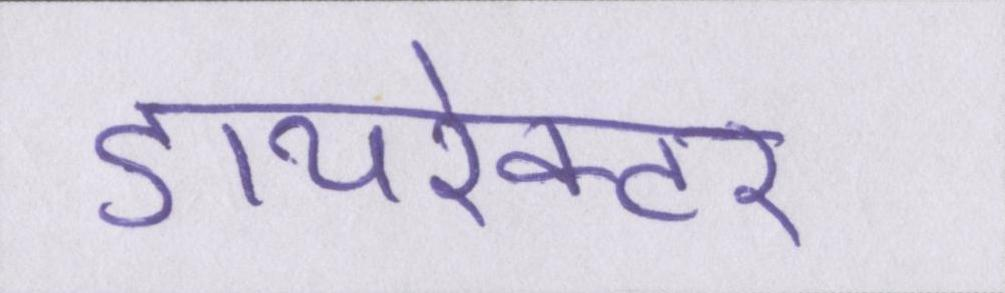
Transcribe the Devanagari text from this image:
डायरेक्टर